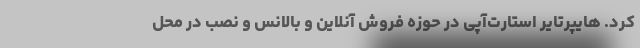
کرد. هایپرتایر استارت‌آپی در حوزه فروش آنلاین و بالانس و نصب در محل